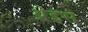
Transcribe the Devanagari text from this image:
थ्रेइस